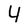
Character: Y